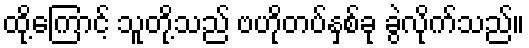
ထို့ကြောင့် သူတို့သည် ဗဟိုတပ်နှစ်ခု ခွဲလိုက်သည်။